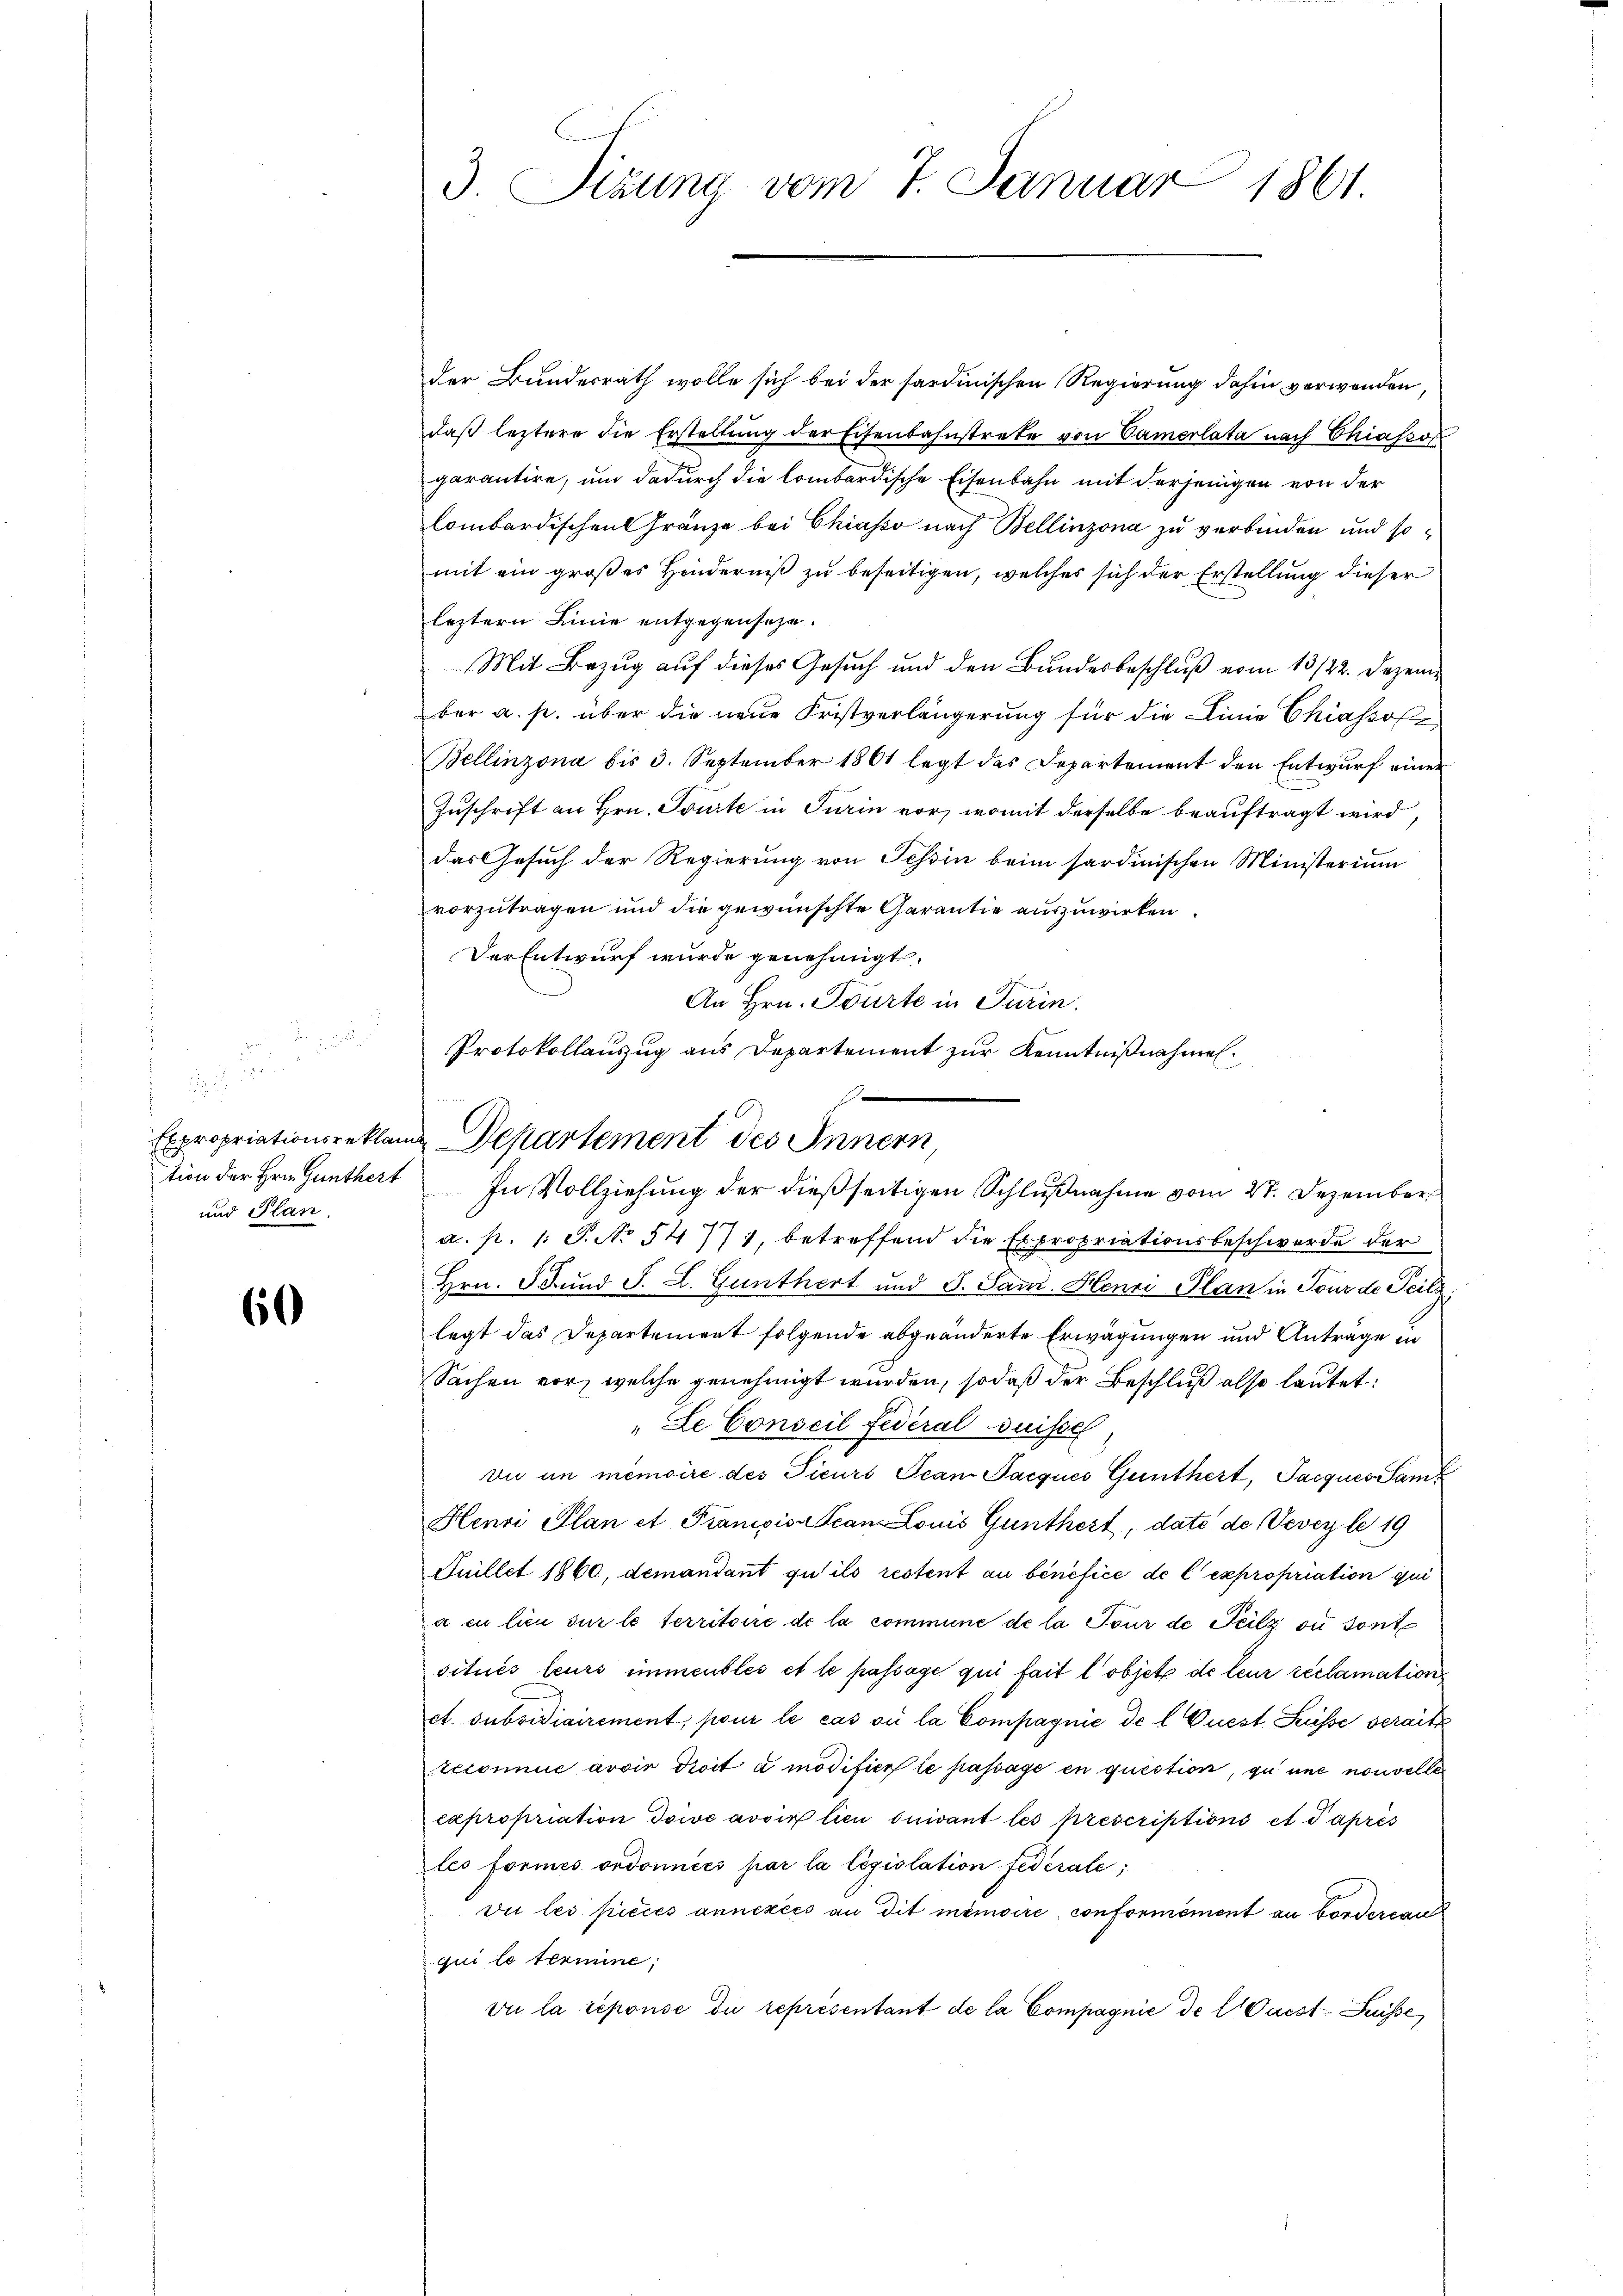
.
tion der Hrn. Günthert
und Plan.

60

der Bundesrath wolle sich bei der sardinischen Regierung dahin verwenden,
daß leztere die Erstellŭng der Eisenbahnstrete von Camerlata nach Chiassor
garantire, und dadurch die lombardische Eisenbahn mit derjenigen von der
lombardischen Gränze bei Chiasso nach Bellinzona zu verbinden und somit ein großes Hinderniß zu beseitigen, welches sich der Erstellung dieser
leztern Linie entgegensaze.
Mit Bezug auf dieses Gesuch und den Bundesbeschluß vom 13/22. Dezember a. p. über die neue Fristverlängerung für die Linie Chiassof¬
Bellinzona bis 3. September 1861 legt das Departement den Entwurf einer
Zuschrift an Hrn. Tourte in Turin vor, womit derselbe beauftragt wird,
das Gesuch der Regierung von Tessin beim sardinischen Ministerium
vorzutragen und die gewünschte Garantie auszuwirken.
Der Entwurf wurde genehmigt.
An Hrn. Tourte in Turin.
Protokollanzug aus Departement zur Kenntnißnahmen¬
E

a. p. 1. S. No 5477, betreffend die Expropriationsbeschwerde der
Hrn. J. Fund F. L. Günthert und G. Sam. Henri Plan in Tour de Teilz
legt das Departement folgende abgeänderte Erwägungen und Antrage in
Sachen vor, welche genehmigt wurden, sodaß der Beschluß also lautet:
Le Conseil Federal Suisse
Du in memoire des Ticuri Jean Pacques Günthert, Pacques Sam¬
Henri Plan et Pranipis-Scan Louis Günthert, dato de Vevey le 19
Suillet 1860, demandant qu’ils restent au bénéfice de l’expropriation qui
x en lieu sur le territoire de la commune de la Tour de Teilz ou sont
situés leurs immeubles et le passage qui fait l’objet de leur reclamation,
ct. subsidiairement, pour le cas où la Compagnie de l. Quest Füsse serait
teconnue avoir droit à modifier le passage en question, zu une nouvelle
expropriation doive avoir lieu suivant les prescriptions et Paprès
les formes ordonnées par la législation federale,
Die les pièces annexées an dit mémoire conformément au bordercanz
qui le termine;
vie la réponse die représentant de la Compagnie de l Quest-Kusse

3 Sizung vom 7. Januar 1861.

Expropriationsreklame Departement des Innern
In Vollziehung der dießseitigen Schlußnahme vom 27. Dezember